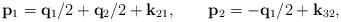
LaTeX: \begin{align*}{\bf p}_1 = {\bf q}_{1}/2+{\bf q}_{2}/2+{\bf k}_{21}, \qquad{\bf p}_2 = -{\bf q}_{1}/2+{\bf k}_{32},\end{align*}